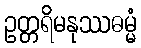
ဥတ္တရိမနုဿဓမ္မံ